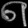
Digit: ၈